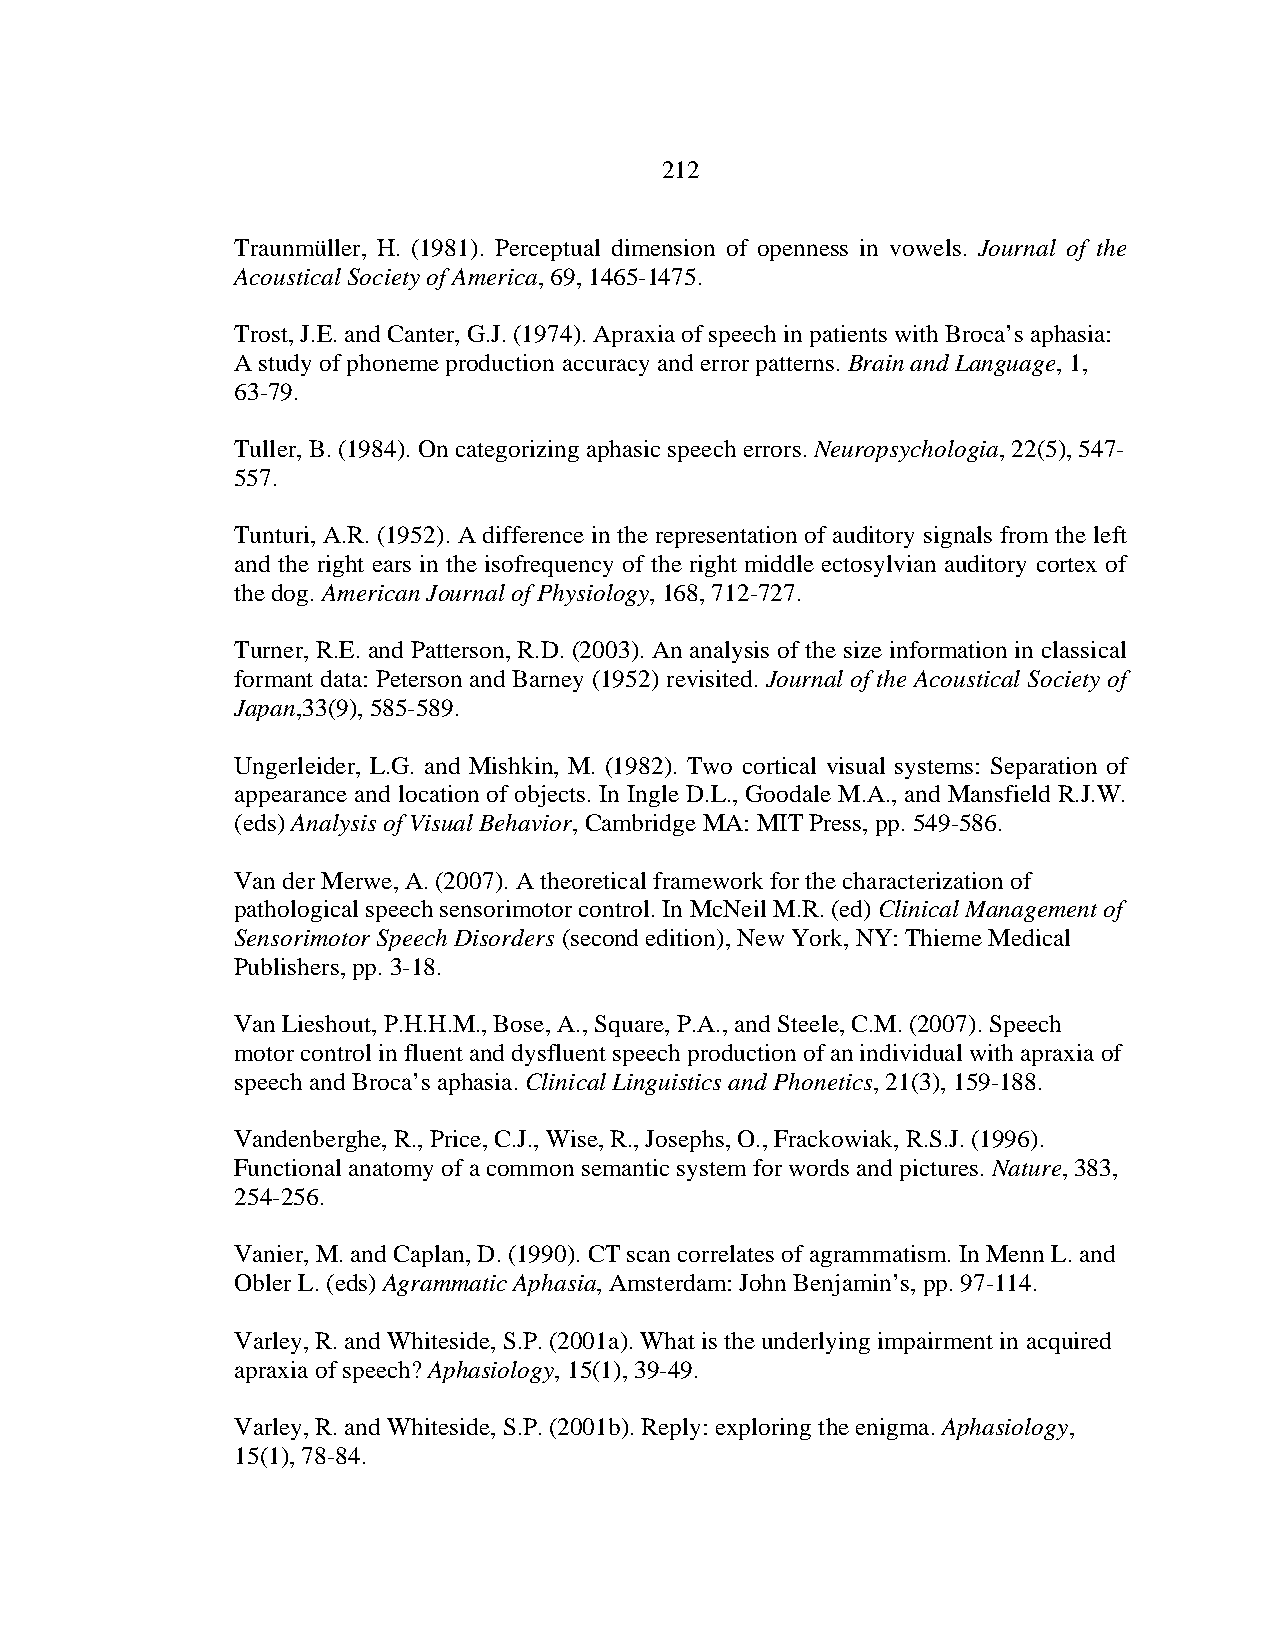
212
 Traunmüller, H. (1981). Perceptual dimension of openness in vowels. Journal of the
 Acoustical Society of America, 69, 1465-1475.
 Trost, J.E. and Canter, G.J. (1974). Apraxia of speech in patients with Broca’s aphasia:
 A study of phoneme production accuracy and error patterns. Brain and Language, 1,
 63-79.
 Tuller, B. (1984). On categorizing aphasic speech errors. Neuropsychologia, 22(5), 547-
 557.
 Tunturi, A.R. (1952). A difference in the representation of auditory signals from the left
 and the right ears in the isofrequency of the right middle ectosylvian auditory cortex of
 the dog. American Journal of Physiology, 168, 712-727.
 Turner, R.E. and Patterson, R.D. (2003). An analysis of the size information in classical
 formant data: Peterson and Barney (1952) revisited. Journal of the Acoustical Society of
 Japan,33(9), 585-589.
 Ungerleider, L.G. and Mishkin, M. (1982). Two cortical visual systems: Separation of
 appearance and location of objects. In Ingle D.L., Goodale M.A., and Mansfield R.J.W.
 (eds) Analysis of Visual Behavior, Cambridge MA: MIT Press, pp. 549-586.
 Van der Merwe, A. (2007). A theoretical framework for the characterization of
 pathological speech sensorimotor control. In McNeil M.R. (ed) Clinical Management of
 Sensorimotor Speech Disorders (second edition), New York, NY: Thieme Medical
 Publishers, pp. 3-18.
 Van Lieshout, P.H.H.M., Bose, A., Square, P.A., and Steele, C.M. (2007). Speech
 motor control in fluent and dysfluent speech production of an individual with apraxia of
 speech and Broca’s aphasia. Clinical Linguistics and Phonetics, 21(3), 159-188.
 Vandenberghe, R., Price, C.J., Wise, R., Josephs, O., Frackowiak, R.S.J. (1996).
 Functional anatomy of a common semantic system for words and pictures. Nature, 383,
 254-256.
 Vanier, M. and Caplan, D. (1990). CT scan correlates of agrammatism. In Menn L. and
 Obler L. (eds) Agrammatic Aphasia, Amsterdam: John Benjamin’s, pp. 97-114.
 Varley, R. and Whiteside, S.P. (2001a). What is the underlying impairment in acquired
 apraxia of speech? Aphasiology, 15(1), 39-49.
 Varley, R. and Whiteside, S.P. (2001b). Reply: exploring the enigma. Aphasiology,
 15(1), 78-84.